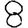
Digit: 8